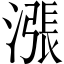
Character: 漲